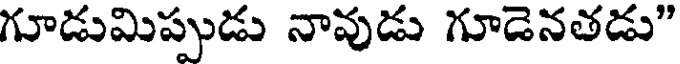
గూడుమిప్పుడు నావుడు గూడెనతడు"